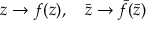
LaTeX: z \rightarrow f ( z ) , \quad \bar { z } \rightarrow \bar { f } ( \bar { z } )